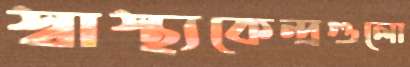
স্বাস্থ্যকেন্দ্রগুলো